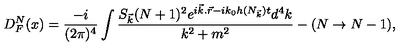
D _ { F } ^ { N } ( x ) = \frac { - i } { ( 2 \pi ) ^ { 4 } } \int \frac { S _ { \vec { k } } ( N + 1 ) ^ { 2 } e ^ { i \vec { k } . \vec { r } - i k _ { 0 } h ( N _ { \vec { k } } ) t } d ^ { 4 } k } { k ^ { 2 } + m ^ { 2 } } - ( N \rightarrow N - 1 ) ,